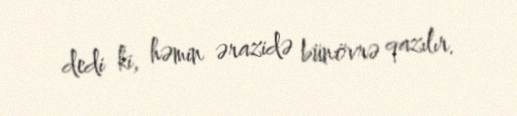
dedi ki, həmin ərazidə bünövrə qazılır.